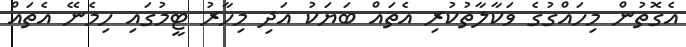
އެގޮތުން މިހައްގުގެ ވަކާލާތުކުރި އެތައް ބަޔަކު އަދި މިހާރު ޓީމުގައި ހިމެނޭ އެތައް